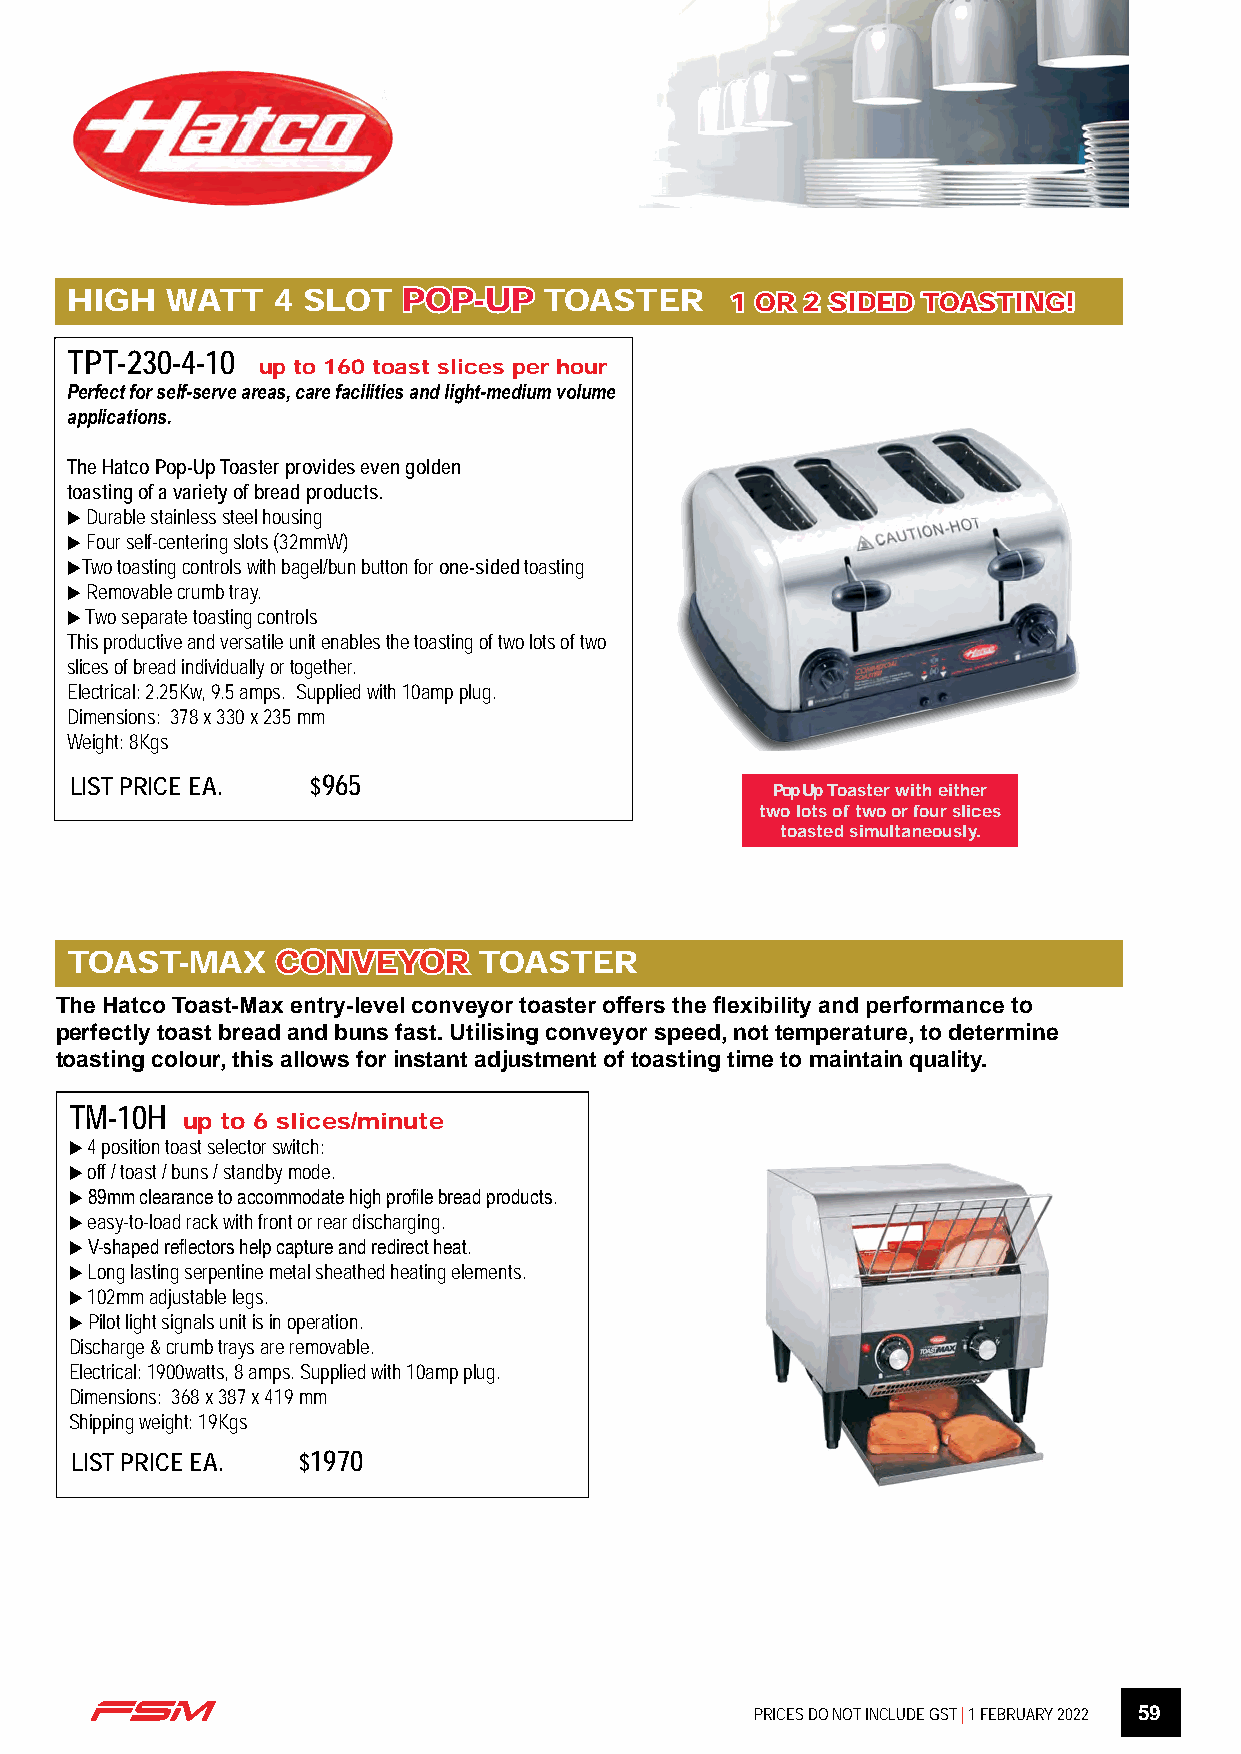
HIGH  WATT   4 SLOT   PPOOPP--UUPP TOASTER 11 OORR 22 SSIIDDEEDD TTOOAASSTTIINNGG!!
 TPT-230-4-10
 up to 160 toast slices per hour
 Perfect for self-serve areas, care facilities and light-medium volume
 applications.
 The Hatco Pop-Up Toaster provides even golden
 toasting of a variety of bread products.
 u Durable stainless steel housing
 u Four self-centering slots (32mmW)
 uTwo toasting controls with bagel/bun button for one-sided toasting
 u Removable crumb tray.
 u Two separate toasting controls
 This productive and versatile unit enables the toasting of two lots of two
 slices of bread individually or together.
 Electrical: 2.25Kw, 9.5 amps. Supplied with 10amp plug.
 Dimensions: 378 x 330 x 235 mm
 Weight: 8Kgs
 LIST PRICE EA.  $965
 Pop Up Toaster with either
 two lots of two or four slices
 toasted simultaneously.
 TOAST-MAX     CCOONNVVEEYYOORR TOASTER
 The Hatco Toast-Max entry-level conveyor toaster offers the flexibility and performance to
 perfectly toast bread and buns fast. Utilising conveyor speed, not temperature, to determine
 toasting colour, this allows for instant adjustment of toasting time to maintain quality.
 TM-10H
 up to 6 slices/minute
 u 4 position toast selector switch:
 u off / toast / buns / standby mode.
 u 89mm clearance to accommodate high profile bread products.
 u easy-to-load rack with front or rear discharging.
 u V-shaped reflectors help capture and redirect heat.
 u Long lasting serpentine metal sheathed heating elements.
 u 102mm adjustable legs.
 u Pilot light signals unit is in operation.
 Discharge & crumb trays are removable.
 Electrical: 1900watts, 8 amps. Supplied with 10amp plug.
 Dimensions: 368 x 387 x 419 mm
 Shipping weight: 19Kgs
 LIST PRICE EA. $1970
 PRICES DO NOT INCLUDE GST | 1 FEBRUARY 2022 59